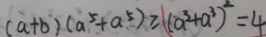
( a + b ) ( a ^ { 5 } + a ^ { 5 } ) \geq ( a ^ { 3 } + a ^ { 3 } ) ^ { 2 } = 4